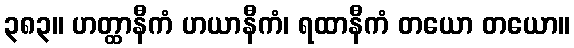
၃၈၃။ ဟတ္ထာနီကံ ဟယာနီကံ၊ ရထာနီကံ တယော တယော။